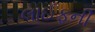
લાઈફની